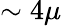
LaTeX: \sim 4\mu